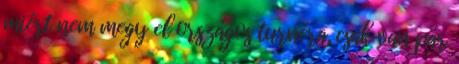
miért nem megy el országos turnéra, csak van pár